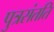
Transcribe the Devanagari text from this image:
पुत्रसंतति